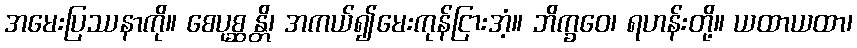
အမေးပြဿနာကို။ စေပုစ္ဆန္တိ၊ အကယ်၍မေးကုန်ငြားအံ့။ ဘိက္ခဝေ၊ ရဟန်းတို့။ ယထာယထာ၊